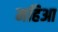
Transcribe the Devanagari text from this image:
महिआ